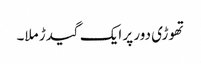
تھوڑی دور پر ایک گیدڑ ملا۔